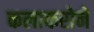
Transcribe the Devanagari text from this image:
कलाकरोने